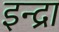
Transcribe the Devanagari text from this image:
इन्द्रा